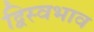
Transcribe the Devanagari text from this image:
द्विस्‍वभाव